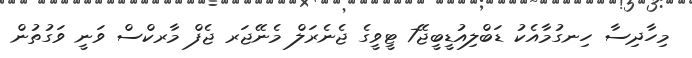
މިހާދިސާ ހިނގުމާއެކު ޑަބްލިއުޑީބީޖޭ7 ޓީވީގެ ޖެނެރަލް މެނޭޖަރ ޖެފް މާރކްސް ވަނީ ވަގުތުން